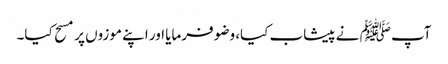
آپ ﷺ نے پیشاب کیا، وضو فرمایا اور اپنے موزوں پر مسح کیا۔